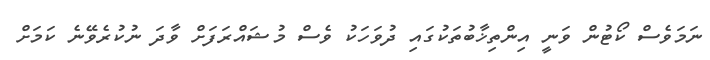
ނަމަވެސް ކޯޓުން ވަނީ އިންތިޚާބުތަކުގައި ދުވަހަކު ވެސް މުޝައްރަފަށް ވާދަ ނުކުރެވޭނެ ކަމަށް